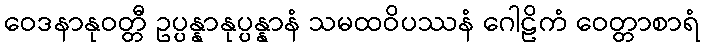
ဝေဒနာနုဝတ္တီ ဥပ္ပန္နာနုပ္ပန္နာနံ သမထဝိပဿနံ ဂေါဠိကံ ဝေတ္တာစာရံ